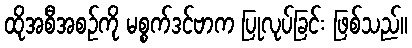
ထိုအစီအစဉ်ကို မစ္စက်ဒင်ဗာက ပြုလုပ်ခြင်း ဖြစ်သည်။